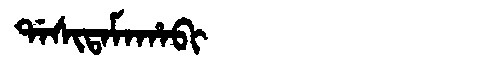
Manchu: ᡩᠠᠰᡳᡨᠠᠮᠠᡥᠠᠪᡳ
Romanization: DASITAMAHABI